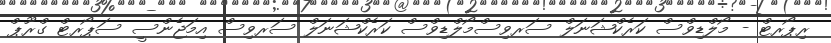
ރިޕޯރޓް - މޯލްޑިވްސް ކަރެކްޝަނަލް ސަރވިސްމޯލްޑިވްސް ކަރެކްޝަނަލް ސަރވިސް އިމަޖެންސީ ސަޕޯރޓް ގްރޫޕް